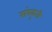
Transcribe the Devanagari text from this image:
संस्कृती